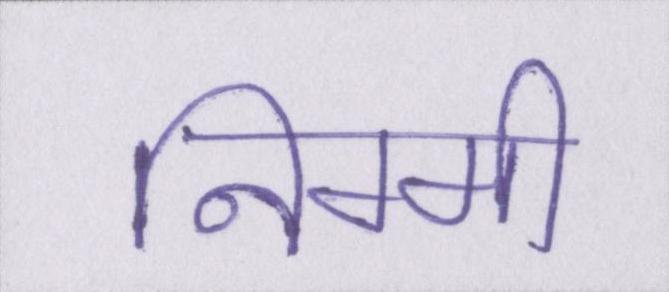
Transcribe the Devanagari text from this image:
निम्मी